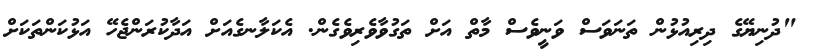
"ދުނިޔޭގެ ދިރިއުޅުން ތަނަވަސް ވަނީވެސް މާތް އަށް ތަގުވާވެރިވެގެން. އެކަލާނގެއަށް އަދާކުރަންޖެހޭ އަޅުކަންތަކަށް